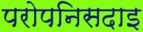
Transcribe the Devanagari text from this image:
परोपनिसदाइ